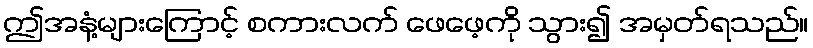
ဤအနံ့များကြောင့် စကားလက် ဖေဖေ့ကို သွား၍ အမှတ်ရသည်။